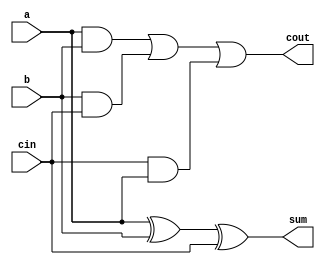
module FA(
    input a, b,
    input cin,
    output cout, sum);
    assign cout = (a&b)|(b&cin)|(cin&a);
    assign sum = a^b^cin;
endmodule

module top_module( 
    input [2:0] a, b,
    input cin,
    output [2:0] cout,
    output [2:0] sum );
    
    FA FA_1(a[0], b[0], cin, cout[0], sum[0]);
    FA FA_2(a[1], b[1], cout[0], cout[1], sum[1]);
    FA FA_3(a[2], b[2], cout[1], cout[2], sum[2]);
endmodule